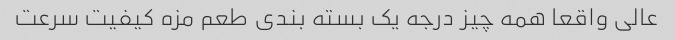
عالى واقعا همه چیز درجه یک بسته بندى طعم مزه کیفیت سرعت